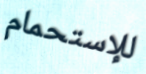
للإستحمام